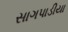
સાગપાડીયા